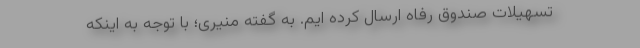
تسهیلات صندوق رفاه ارسال کرده ایم. به گفته منیری؛ با توجه به اینکه